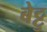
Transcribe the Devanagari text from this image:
बेट्टु